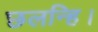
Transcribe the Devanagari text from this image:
छलन्हि।